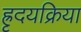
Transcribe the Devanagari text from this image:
ह्रृदयक्रिया